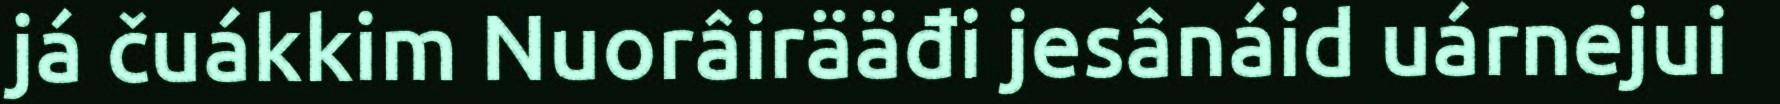
já čuákkim Nuorâirääđi jesânáid uárnejui